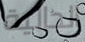
الجالية